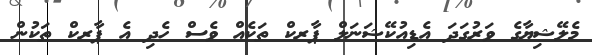
މެލޭޝިޔާގެ ވަރުގަދަ އެޑިއުކޭޝަނަލް ޕާރކް ތަކެއް ވެސް ހެދި އެ ޕާރކް ތަކުން